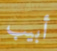
أبيب